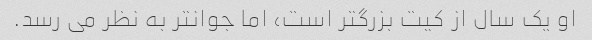
او یک سال از کیت بزرگتر است، اما جوانتر به نظر می رسد.